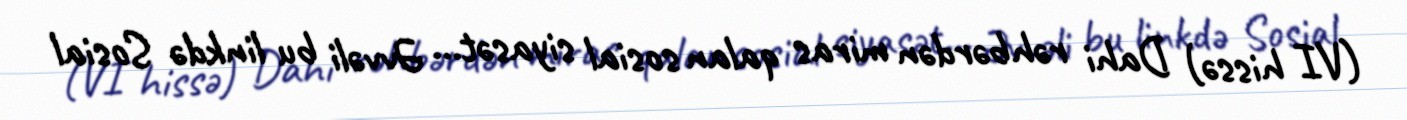
(VI hissə) Dahi rəhbərdən miras qalan sosial siyasət... Əvvəli bu linkdə Sosial